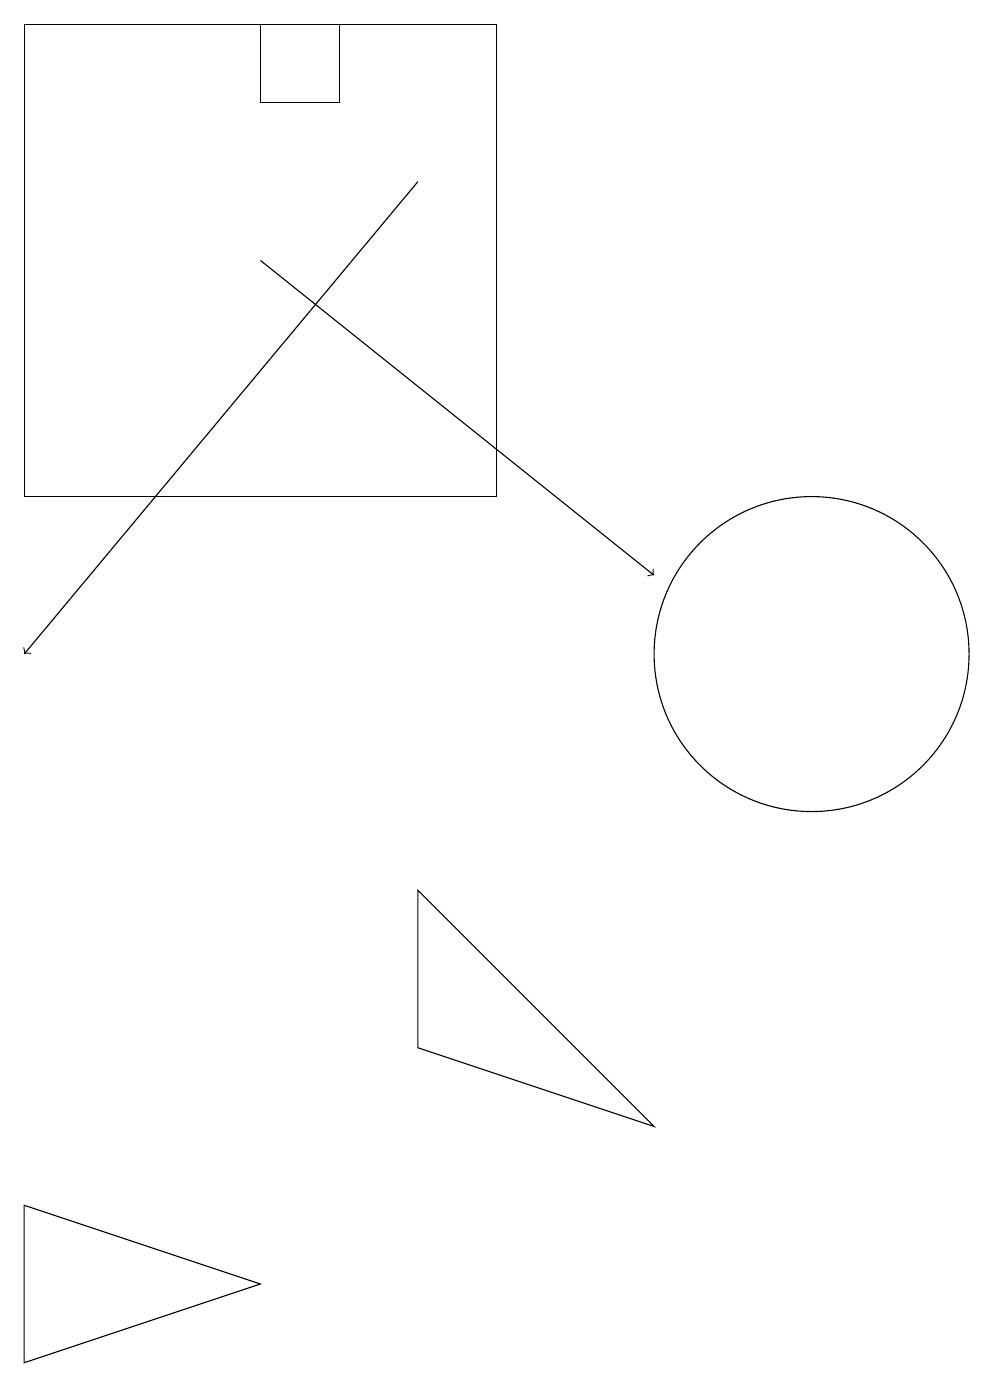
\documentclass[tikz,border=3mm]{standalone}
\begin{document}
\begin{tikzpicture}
\draw (3,2) -- (0,3) -- (0,1) -- cycle;
\draw (5,7) -- (5,5) -- (8,4) -- cycle;
\draw[->] (5,16) -- (0,10);
\draw (10,10) circle (2);
\draw[->] (3,15) -- (8,11);
\draw (3,18) rectangle (4,17);
\draw (0,18) rectangle (6,12);
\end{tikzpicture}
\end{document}